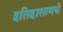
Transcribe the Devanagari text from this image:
इतिहासामधे